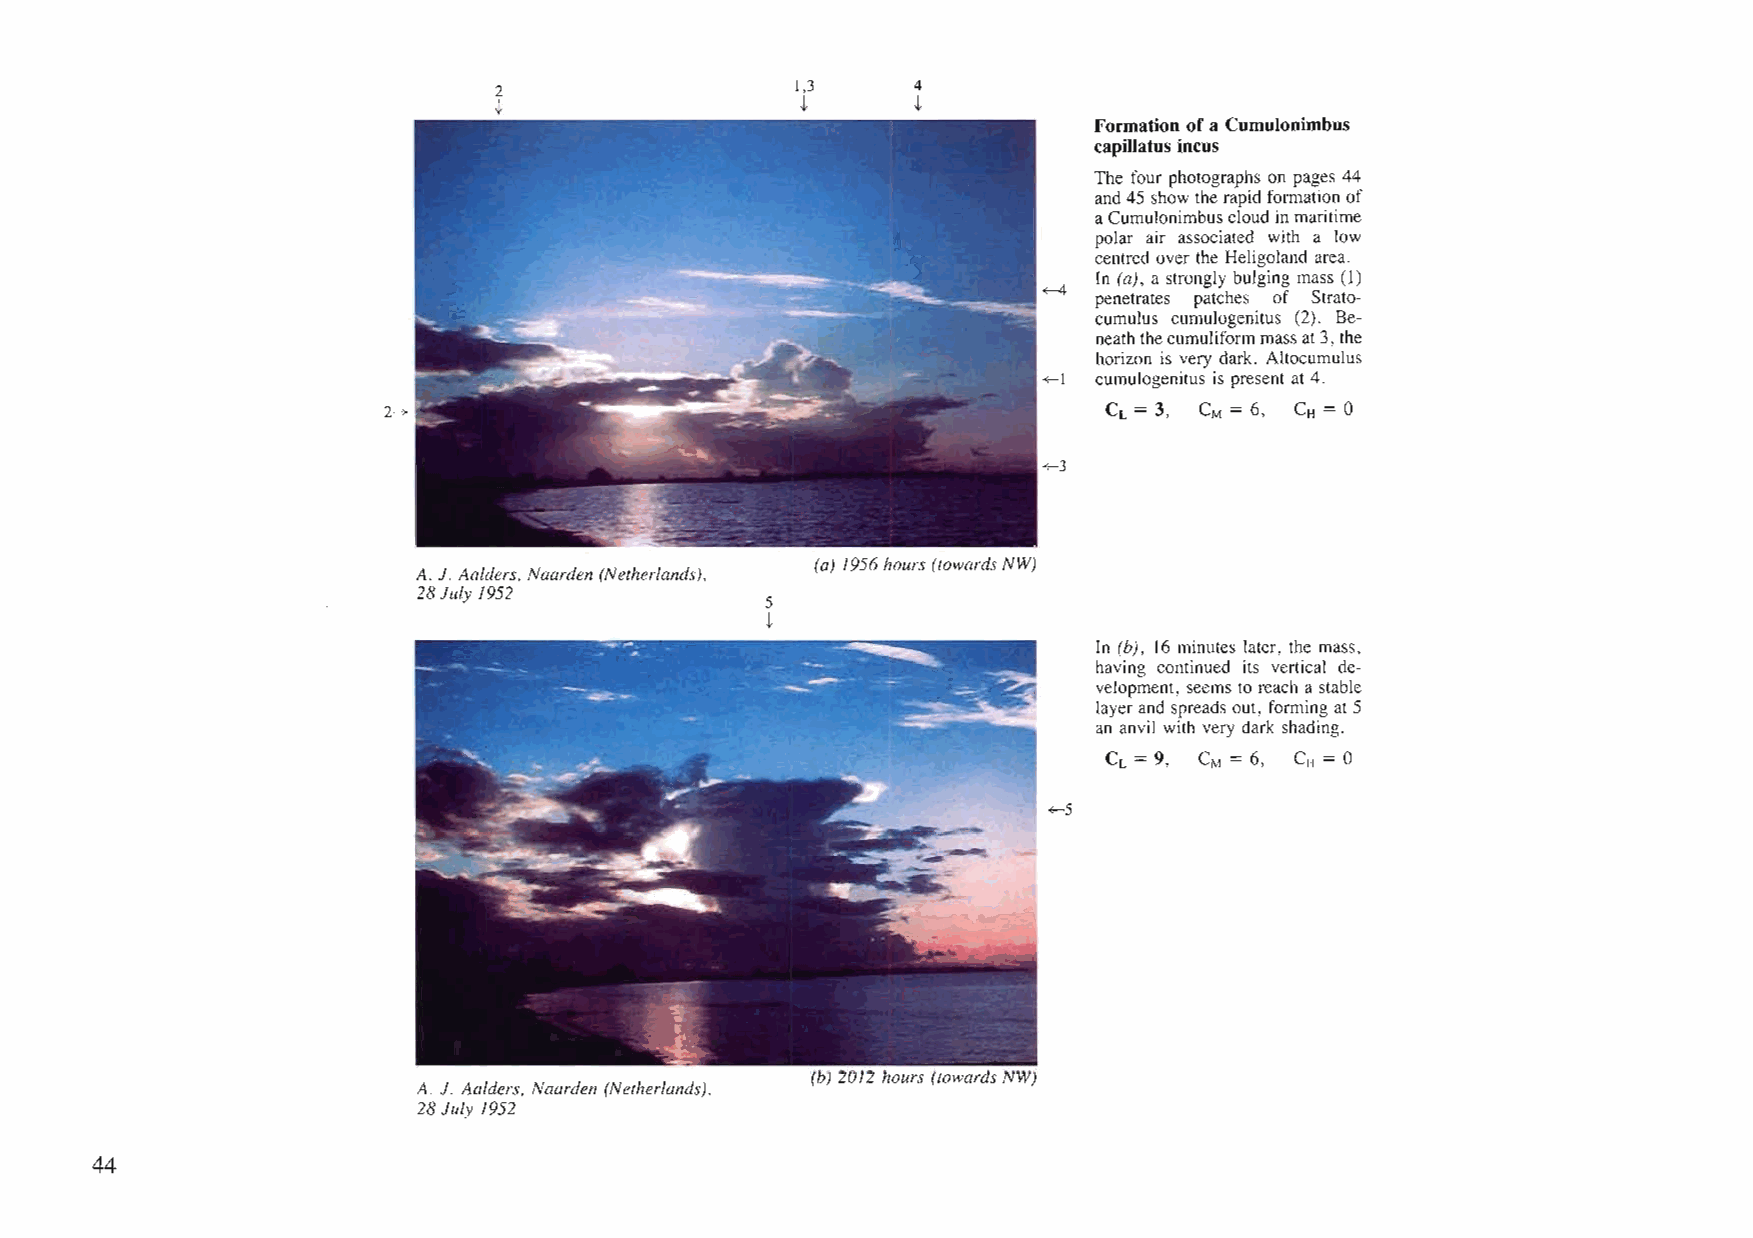
2                   1,3    4
 +                   t      t
 Formation ofa Cumulonimbus
 capillatus incus
 The four photographs on pages 44
 and45 show the rapid formation of
 aCumulonimbuscloud inmaritime
 polar air associated with a low
 centred over the Heligoland area.
 in (a), a strongly bulging mass (1)
 +-4
 penetrates patches of Strato
 cumulus cumulogenitus (2). Be
 neaththecumuliformmassat3,the
 horizon is very dark. Altocumulus
 0(-1 cumulogenitus is present at 4.
 2->                                             CL = 3, CM = 6, CH = 0
 +--3
 (a) /956hours (towardsNW)
 A. J. Aalders, Naarden (Netherlands),
 28July /952
 5
 t
 In (b), 16 minutes later, the mass,
 having continued its vertical de
 velopment, seems to reach a stable
 layerand spreads out, forming at5
 an anvil with very dark shading.
 .CL = 9, CM = 6, CH = 0
 +--5
 (b) 20/2 hours (towards NW)
 A. J. Aalders, Naarden (Netherlands),
 28 July /952
 44